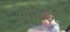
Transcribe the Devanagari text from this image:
ग्राफाइट